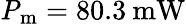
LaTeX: \mathrm{\mathit{P}_{m}}=80.3\: \mathrm{mW}